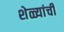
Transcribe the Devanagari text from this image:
शेळ्यांची